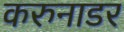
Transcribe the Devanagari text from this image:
करुनाडर